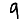
Digit: 9